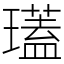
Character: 瓂